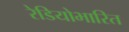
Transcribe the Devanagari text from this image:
रेडियोभारित